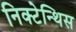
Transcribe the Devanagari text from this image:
निक्टेन्थिस